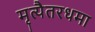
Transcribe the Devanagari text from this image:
मृत्यैतरधमा